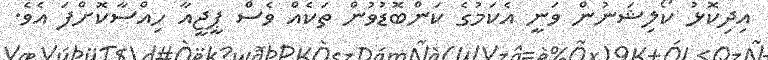
އިދިކޮޅު ކޯލިޝަނުން ވަނީ އެކަމުގެ ކަންބޮޑުވުން ތަކެއް ވެސް ޕީޖީއާ ހިއްސާކޮށްފަ އެވެ.